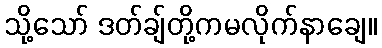
သို့သော် ဒတ်ချ်တို့ကမလိုက်နာချေ။